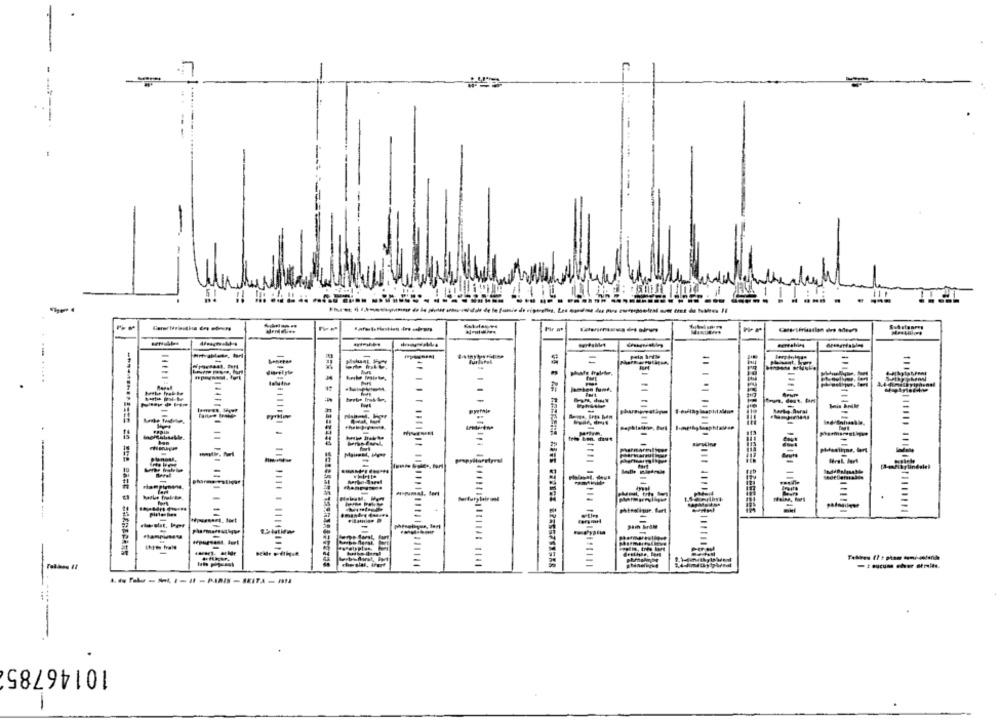
-
-
=
...
-
-
-
11.
=
-
-
lindelel
=
-
-
=
=
=
10146785